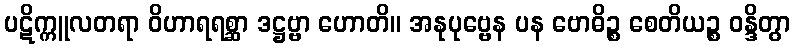
ပဋိက္ကူလတရာ ဝိဟာရရစ္ဆာ ဒဋ္ဌဗ္ဗာ ဟောတိ။ အနုပုဗ္ဗေန ပန ဗောဓိဉ္စ စေတိယဉ္စ ဝန္ဒိတွာ